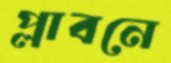
প্লাবনে